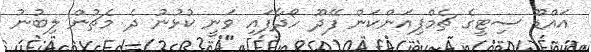
އައްޑޫ ސިޓީގެ ޗެމްޕިއަންކަން ފޭދޫ ހޯދާފައި ވަނީ ކުޅުނު ދެ މެޗުން ލިބުނު